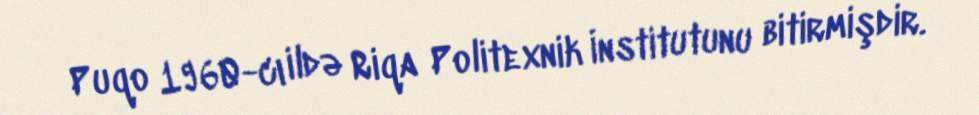
Puqo 1960-cı ildə Riqa Politexnik İnstitutunu bitirmişdir.